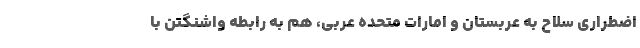
اضطراری سلاح به عربستان و امارات متحده عربی، هم به رابطه واشنگتن با